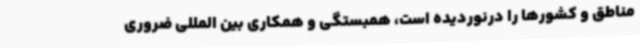
مناطق و کشورها را درنوردیده است، همبستگی و همکاری بین المللی ضروری